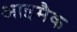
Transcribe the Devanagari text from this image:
आइमैक